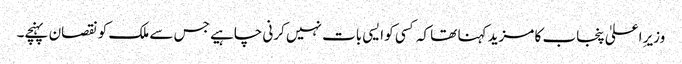
وزیرِ اعلیٰ پنجاب کا مزید کہنا تھا کہ کسی کو ایسی بات نہیں کرنی چاہیے جس سے ملک کو نقصان پہنچے۔